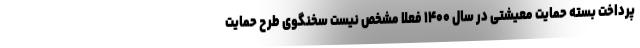
پرداخت بسته حمایت معیشتی در سال ۱۴۰۰ فعلا مشخص نیست سخنگوی طرح حمایت